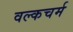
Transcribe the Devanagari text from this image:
वल्कचर्म